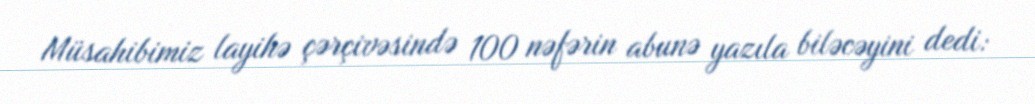
Müsahibimiz layihə çərçivəsində 100 nəfərin abunə yazıla biləcəyini dedi: